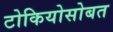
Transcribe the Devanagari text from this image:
टोकियोसोबत